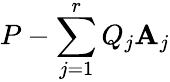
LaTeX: P-\sum_{j=1}^{r}Q_{j}\mathbf{A}_{j}